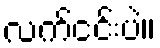
လက်ငင်းပဲ။